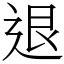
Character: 退